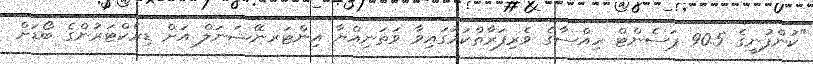
"ކުންފުނީގެ 90.5 ޕަސެންޓް ހިއްސާގެ ވެރިފަރާތްކަމުގައިވާ ވަތަނިއްޔާ އިންޓަރނޭޝަނަލް އަށް ޑިރެކްޓަރުންގެ ބޯޑަށް